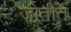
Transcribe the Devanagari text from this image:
जोतींत